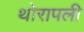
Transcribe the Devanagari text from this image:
थोरापली